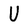
Character: U